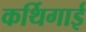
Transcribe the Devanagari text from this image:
कर्थिगाई